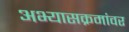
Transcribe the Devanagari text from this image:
अभ्यासक्रमांवर